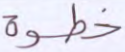
خطوة